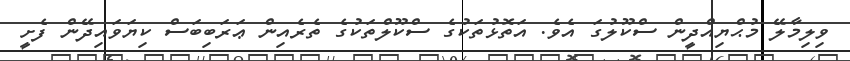
ވިލިމާލޭ މުޙްޔިއްދީން ސްކޫލުގަ އެވެ. އަތޮޅުތަކުގެ ސްކޫލްތަކުގެ ތެރެއިން ޢަރަބިބަސް ކިޔަވައިދޭން ފެށީ